画像に写った文字を読んでください
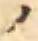
「ノ」と書いてあります